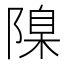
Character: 𨻄